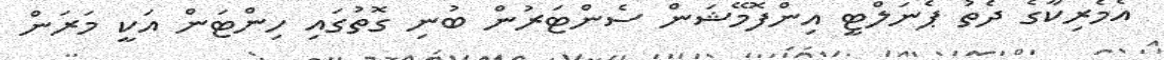
އެމެރިކާގެ ދެތު ޕެނަލްޓީ އިންފޮމޭޝަން ސެންޓަރުން ބުނި ގޮތުގައި ހިންޓަން އަކީ މަރަން